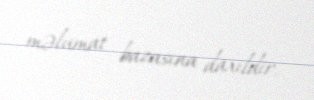
məlumat bazasına daxildir.